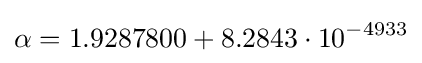
\alpha =1.9287800+8.2843\cdot 10^{-4933}